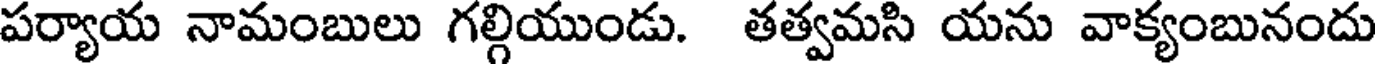
పర్యాయ నామంబులు గల్గియుండు. తత్వమసి యను వాక్యంబునందు